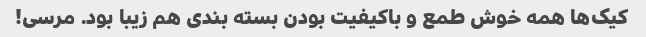
کیک‌ها همه خوش طمع و باکیفیت بودن بسته بندی هم زیبا بود. مرسی!